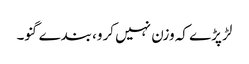
لڑ پڑے کہ وزن نہیں کرو، بندے گنو۔